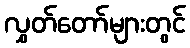
လွှတ်တော်များတွင်